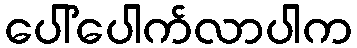
ပေါ်ပေါက်လာပါက